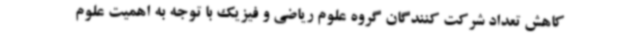
کاهش تعداد شرکت کنندگان گروه علوم ریاضی و فیزیک با توجه به اهمیت علوم